Treatise on elephants
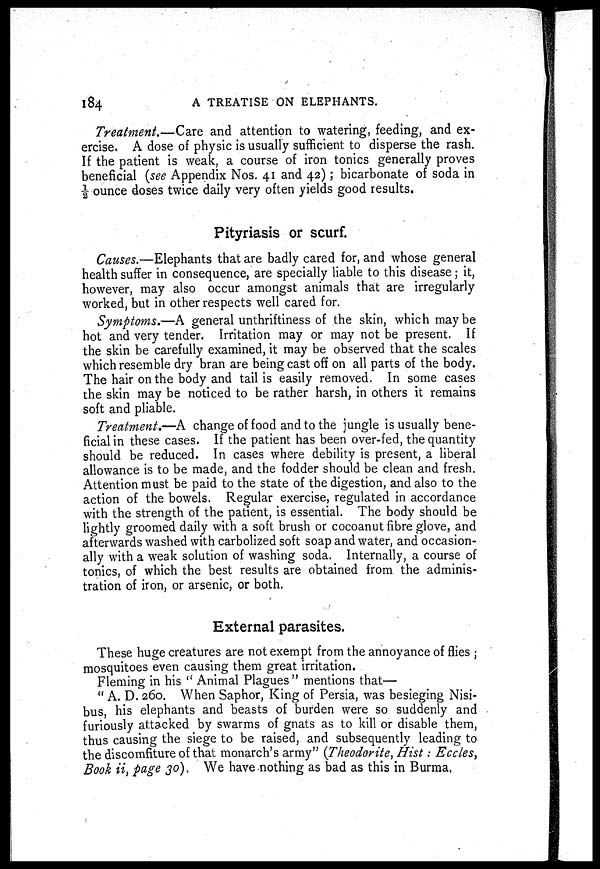
184
A TREATISE ON ELEPHANTS.
Treatment.—Care and attention to watering, feeding, and ex-
ercise. A dose of physic is usually sufficient to disperse the rash.
If the patient is weak, a course of iron tonics generally proves
beneficial (see Appendix Nos. 41 and 42); bicarbonate of soda in
½ ounce doses twice daily very often yields good results.
Pityriasis or scurf.
Causes.—Elephants that are badly cared for, and whose general
health suffer in consequence, are specially liable to this disease; it,
however, may also occur amongst animals that are irregularly
worked, but in other respects well cared for.
Symptoms.—A general unthriftiness of the skin, which may be
hot and very tender. Irritation may or may not be present. If
the skin be carefully examined, it may be observed that the scales
which resemble dry bran are being cast off on all parts of the body.
The hair on the body and tail is easily removed. In some cases
the skin may be noticed to be rather harsh, in others it remains
soft and pliable.
Treatment.—A change of food and to the jungle is usually bene-
ficial in these cases. If the patient has been over-fed, the quantity
should be reduced. In cases where debility is present, a liberal
allowance is to be made, and the fodder should be clean and fresh.
Attention must be paid to the state of the digestion, and also to the
action of the bowels. Regular exercise, regulated in accordance
with the strength of the patient, is essential. The body should be
lightly groomed daily with a soft brush or cocoanut fibre glove, and
afterwards washed with carbolized soft soap and water, and occasion-
ally with a weak solution of washing soda. Internally, a course of
tonics, of which the best results are obtained from the adminis-
tration of iron, or arsenic, or both.
External parasites.
These huge creatures are not exempt from the annoyance of flies ;
mosquitoes even causing them great irritation.
Fleming in his "Animal Plagues" mentions that—
"A. D. 260. When Saphor, King of Persia, was besieging Nisi-
bus, his elephants and beasts of burden were so suddenly and
furiously attacked by swarms of gnats as to kill or disable them,
thus causing the siege to be raised, and subsequently leading to
the discomfiture of that monarch's army" (Theodorite, Hist: Eccles,
Book ii, page 30). We have nothing as bad as this in Burma,